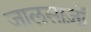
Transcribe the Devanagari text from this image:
जालसाज़ों